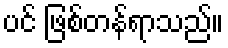
ပင် ဖြစ်တန်ရာသည်။